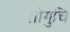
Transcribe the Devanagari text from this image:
तोगुचि